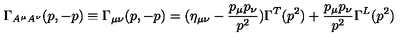
\Gamma _ { A ^ { \mu } A ^ { \nu } } ( p , - p ) \equiv \Gamma _ { \mu \nu } ( p , - p ) = ( \eta _ { \mu \nu } - \frac { p _ { \mu } p _ { \nu } } { p ^ { 2 } } ) \Gamma ^ { T } ( p ^ { 2 } ) + \frac { p _ { \mu } p _ { \nu } } { p ^ { 2 } } \Gamma ^ { L } ( p ^ { 2 } )